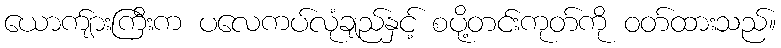
ယောက်ျားကြီးက ပလေကပ်လုံချည်နှင့် စပို့တင်းကုတ်ကို ဝတ်ထားသည်။